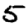
Digit: 5